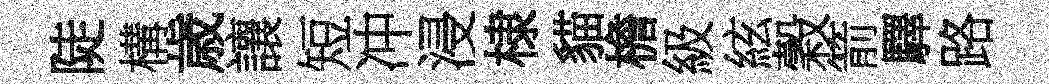
陡構歳讓短冲浸棣貓檐級絃穀箭驛路